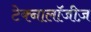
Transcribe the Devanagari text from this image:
टेक्नालॉजीज़